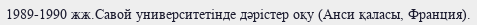
1989-1990 жж.Савой университетінде дәрістер оқу (Анси қаласы, Франция).